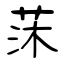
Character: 莯